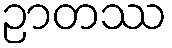
ဉာတဿ